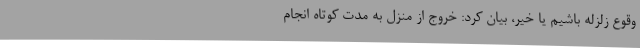
وقوع زلزله باشیم یا خیر، بیان کرد: خروج از منزل به مدت کوتاه انجام